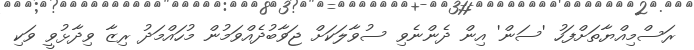
ރަސްމިއްޔާތަށްފަހު 'ސަން' އިން ދެންނެވި ސުވާލަކަށް ޖަވާބުދެއްވަމުން މުހައްމަދު ރިޒާ ވިދާޅުވީ ވަކި